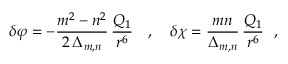
\delta \varphi = - \frac { m ^ { 2 } - n ^ { 2 } } { 2 \, \Delta _ { m , n } } \, \frac { Q _ { 1 } } { r ^ { 6 } } ~ ~ ~ , ~ ~ ~ \delta \chi = \frac { m n } { \Delta _ { m , n } } \, \frac { Q _ { 1 } } { r ^ { 6 } } ~ ~ ,